Calcutta medical institutions reports 1871-78
Year: 1871
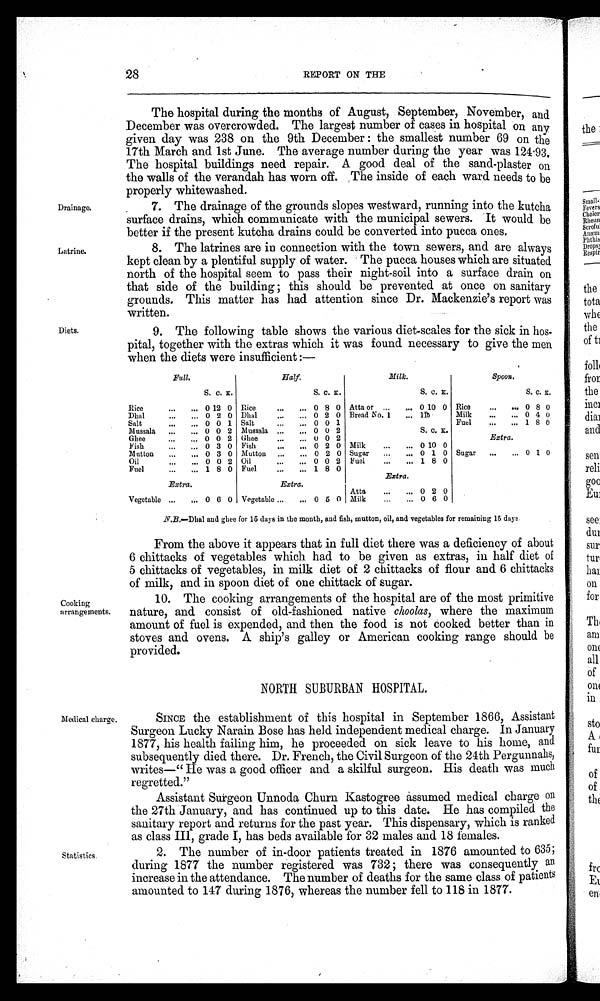
28
REPORT ON THE
Drainage.
Latrine.
Diets.
The hospital during the months of August, September, November, and
December was overcrowded. The largest number of cases in hospital on any
given day was 238 on the 9th December: the smallest number 69 on the
17th March and 1st June. The average number during the year was 124·93.
The hospital buildings need repair. A good deal of the sand-plaster on
the walls of the verandah has worn off. The inside of each ward needs to be
properly whitewashed.
7. The drainage of the grounds slopes westward, running into the kutcha
surface drains, which communicate with the municipal sewers. It would be
better if the present kutcha drains could be converted into pucca ones.
8. The latrines are in connection with the town sewers, and are always
kept clean by a plentiful supply of water. The pucca houses which are situated
north of the hospital seem to pass their night-soil into a surface drain on
that side of the building this should be prevented at once on sanitary
grounds. This matter has had attention since Dr. Mackenzie's report was
written.
9. The following table shows the various diet-scales for the sick in ho
s - p i t a l , t o g e t h e r w i t h t h e e x t r a s w h i c h i t w a s f o u n d n e c e s s a r y t o g i v e t h e m e n
when the diets were insufficient:—
Full.
Half.
Milk.
Spoon.
S. C. K.
S. C. K.
S. C. K.
S. C. K.
Rice
... ... 0 12 0 Rice
... ... 0 8 0 Atta or ...
... 0 10 0 Rice
...
... 0 8 0
Dhal
... ... 0 2 0 Dhal
... ... 0 2 0 Bread No. 1
... 11b
Milk
...
... 0 4 0
Salt
...
... 0 0 1 Salt
...
... 0 0 1
Fuel
... ... 1 8 0
Mussala ... ... 0 0 2 Mussala ...
... 0 0 2
S. C. K.
Ghee
...
... 0 0 2 Ghee
...
... 0 0 2
Extra.
Fish
...
... 0 3 0 Fish
...
... 0 2 0 Milk
... ... 0 10 0
Mutton
... ... 0 3 0 Mutton ...
... 0 2 0 Sugar ...
... 0 1 0 Sugar ...
... 0 1 0
Oil
...
... 0 0 2 Oil
... ... 0 0 2 Fuel
... ... 1 8 0
Fuel
... ... 1 8 0 Fuel
...
... 1 8 0
Extra.
Extra.
Extra.
Atta
...
... 0 2 0
Vegetable ...
... 0 6 0 Vegetable ...
... 0 5 0 Milk
... ... 0 6 0
N.B.—Dhal and ghee for 15 days in the month, and fish, mutton, oil, and vegetables for remaining 15 days.
Cooking
arrangements.
From the above it appears that in full diet there was a deficiency of about
6 chittacks of vegetables which had to be given as extras, in half diet of
5 chittacks of vegetables, in milk diet of 2 chittacks of flour and 6 chittacks
of milk, and in spoon diet of one chittack of sugar.
10. The cooking arrangements of the hospital are of the most primitive
nature, and consist of old-fashioned native choolas, where the maximum
amount of fuel is expended, and then the food is not cooked better than in
stoves and ovens. A ship's galley or American cooking range should be
provided.
NORTH SUBURBAN HOSPITAL.
Medical charge.
Statistics.
SINCE the establishment of this hospital in September 1866, Assistant
Surgeon Lucky Narain Bose has held independent medical charge. In January
1877, his health failing him, he proceeded on sick leave to his home, and
subsequently died there. Dr. French, the Civil Surgeon of the 24th Pergunnahs,
writes—"He was a good officer and a skilful surgeon. His death was much
regretted."
Assistant Surgeon Unnoda Churn Kastogree assumed medical charge on
the 27th January, and has continued up to this date. He has compiled the
sanitary report and returns for the past year. This dispensary, which is ranked
as class III, grade I, has beds available for 32 males and 18 females.
2. The number of in-door patients treated in 1876 amounted to 635;
during 1877 the number registered was 732 there was consequently an
increase in the attendance. The number of deaths for the same class of patients
amounted to 147 during 1876, whereas the number fell to 118 in 1877.